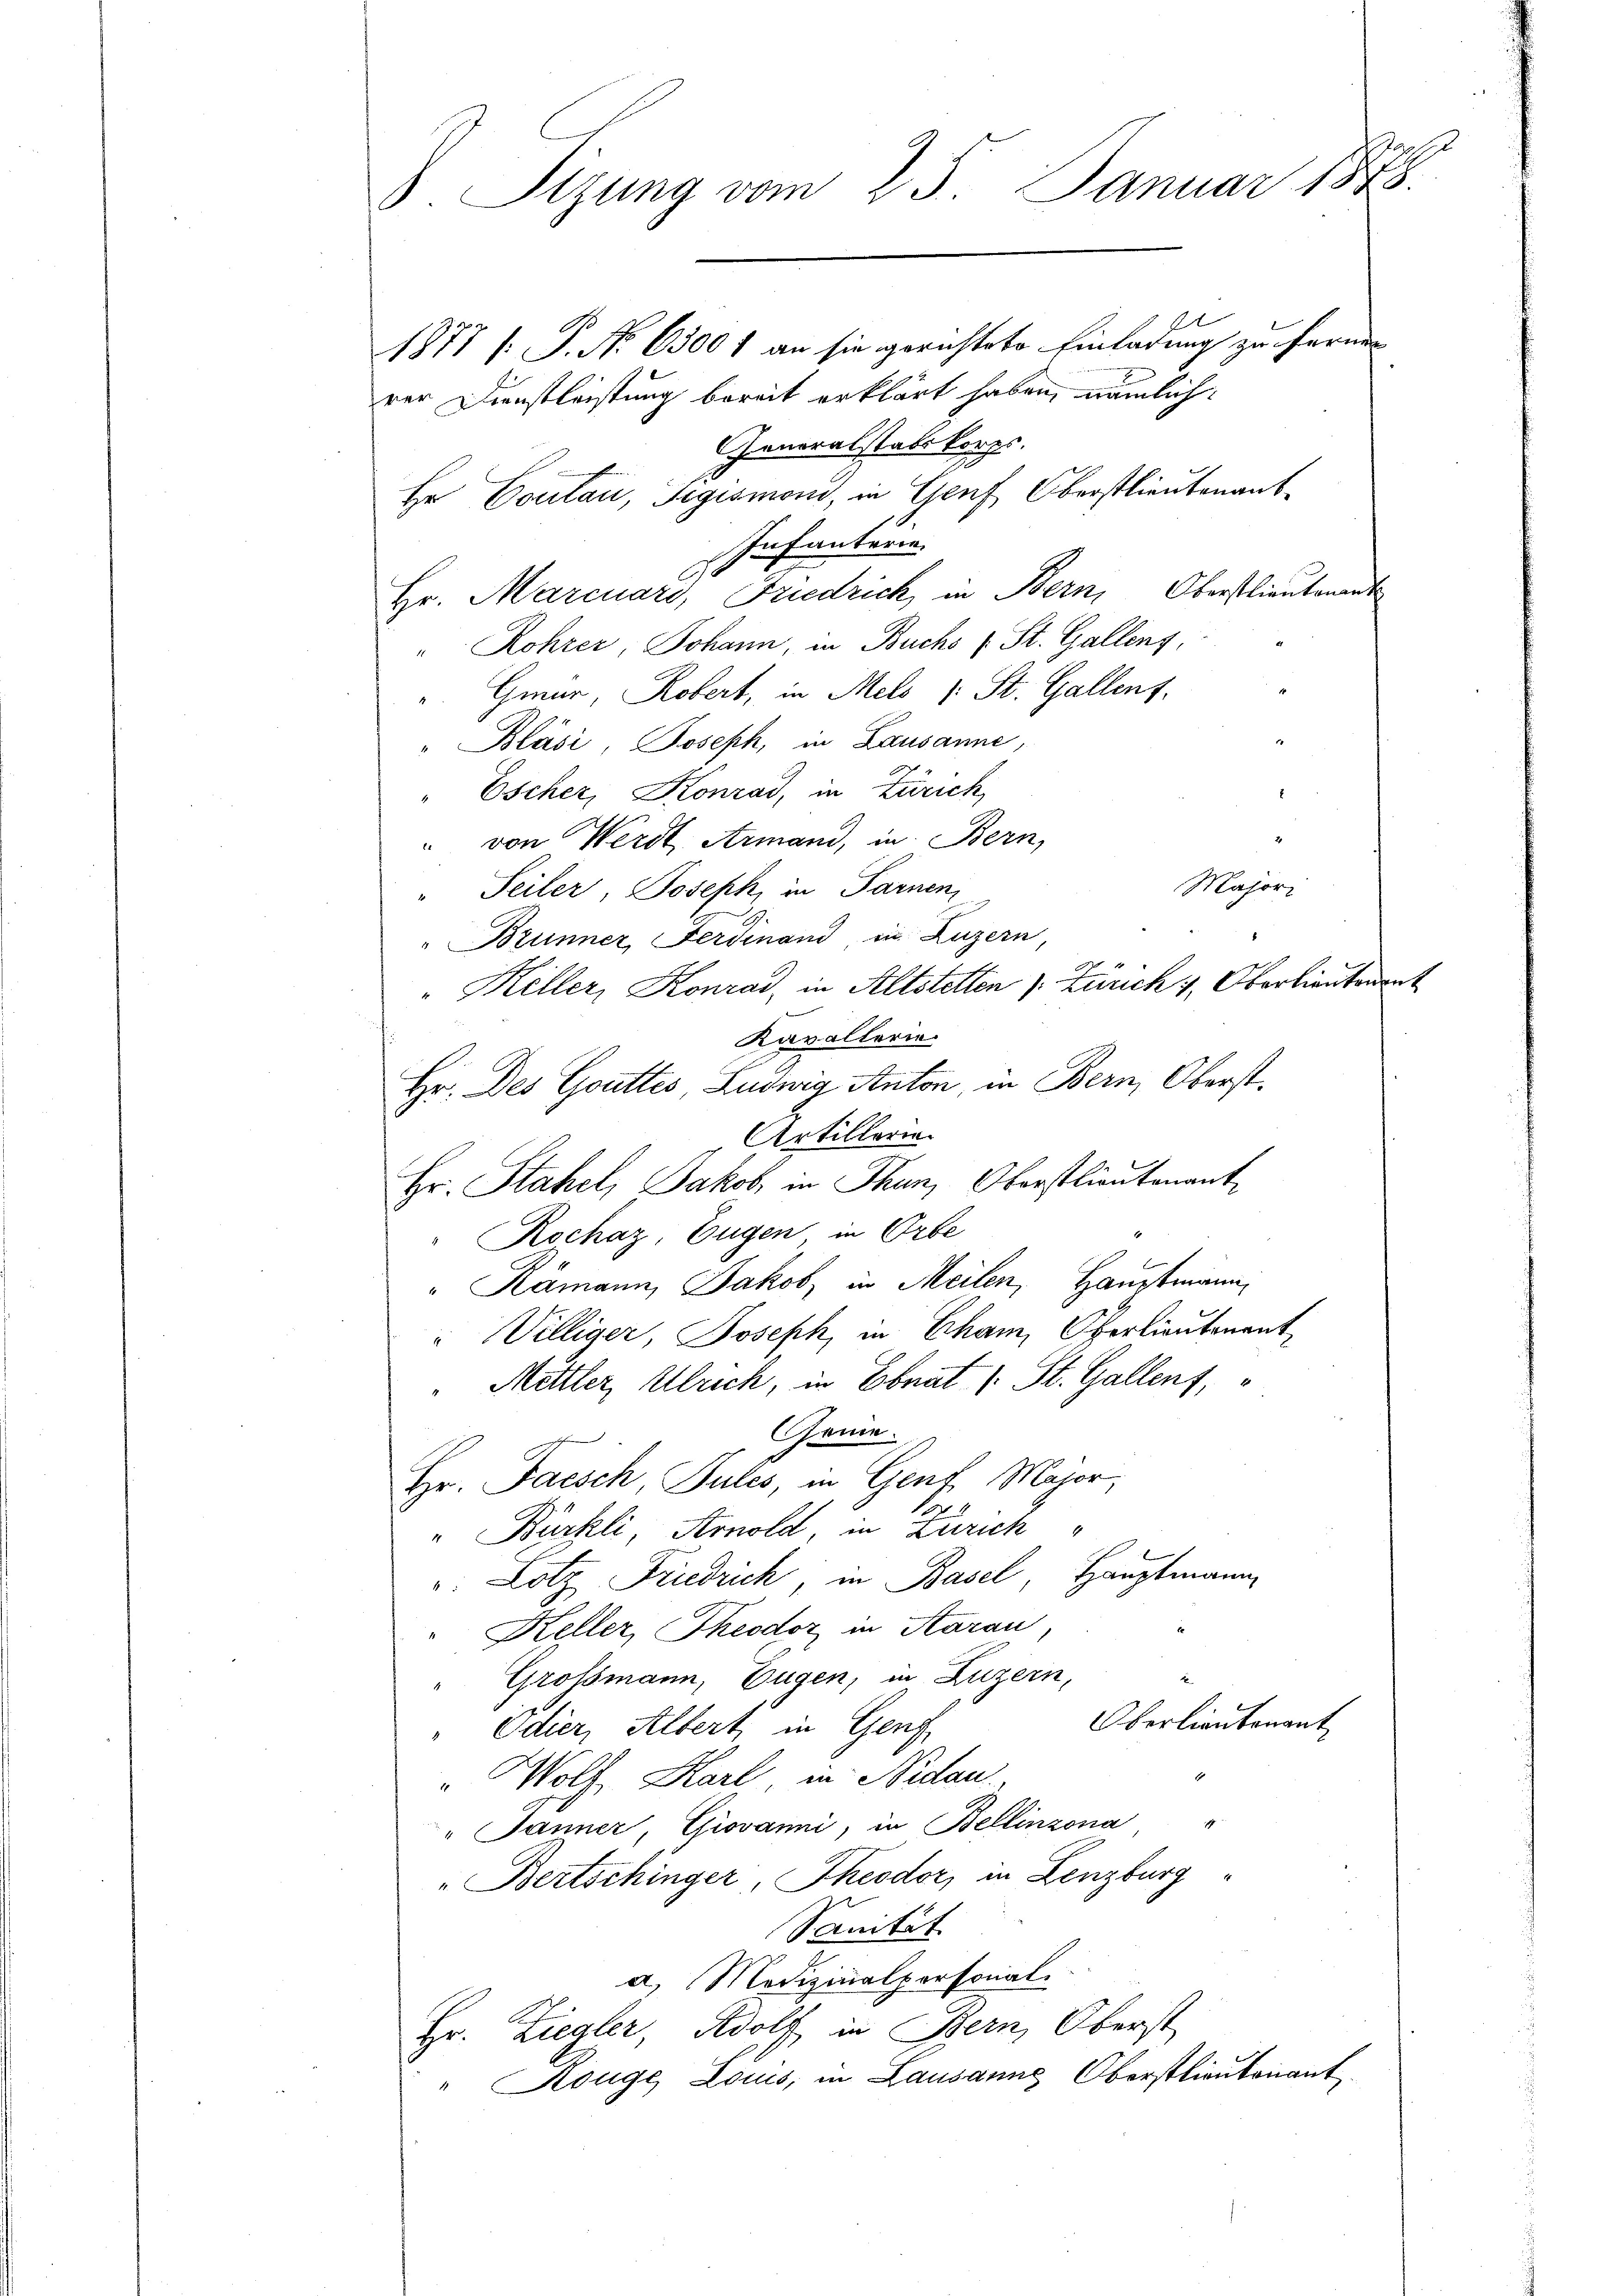
V. Tizung vom 25. Januar 1848.
1877 [ P. No 6500 f an sie gerichtete Einladung zu fernen
rer Dienstleistung bereit erklärt haben, nämlich
Generalstatt korps.
Hr Contan, Sigismen, in Genf Oberstlieutenant
Infanterie.

Go
Hr. Marcuars, Friedrich, in Bern, Oberstlieutenant
" Rohrer, Johann, in Buchs (St. Gallens,
". Gmür, Robert, in Mels (: St. Gallent.
"Bläsi, Joseph, in Lausanne,
Escher, Konrad, in Zürich,
" von Werdt, Armand, in Bern,
" Teiler, Joseph, in Farnen
" Brunner, Ferdinand in Luzern
"Hiller, Konrad, in Altstelten v. Zürich , Oberlieutenant
Kavallerie
Hr. Des Gottes, Ludwig Anton, in Bern, Oberst
Artillerin
Rochaz, Eugen in Orte
Ramann, Jakob in Meilen, Hauptmann
" Villiger, Joseph, in Cham, Oberlieutnant
Mettler, Ulrich, in Ebnat (: St. Gallenz,
Genie.
Hr. Facsch Sules, in Genf, Major,
b
" Bürkli, Arnold, in Zürich
: Lotz Friedrich, in Basel, Hauptmann
Keller, Theodor in Aarau,
Grossmann, Eugen, in Luzern,
Oberlieutenant
edier, Albert, in Genf
" Wolf Karl in Nidau
1
" Jänner, Giovanni, in Bellinzona
"Bertschinger, Theodor, in Lenzburg
Sanität
a) Modizinalpersonali
Hr. Ziegler, Adolf in Bern, Oberst
" Kouge Locus, in Lausanne Oberstlieutenant

Hr. Stahel, Jakob in Thun, Oberstlieutenant

Majori